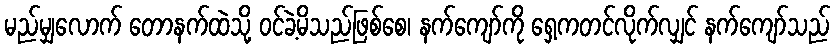
မည်မျှလောက် တောနက်ထဲသို့ ဝင်ခဲ့မိသည်ဖြစ်စေ၊ နက်ကျော်ကို ရှေ့ကတင်လိုက်လျှင် နက်ကျော်သည်